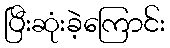
ပြီးဆုံးခဲ့ကြောင်း